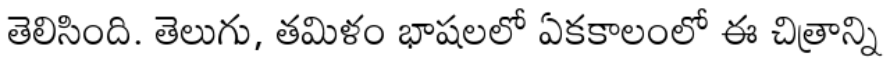
తెలిసింది. తెలుగు, తమిళం భాషలలో ఏకకాలంలో ఈ చిత్రాన్ని